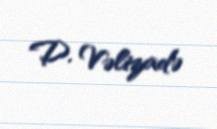
D. Vəlizadə